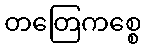
တတြေကစ္စေ